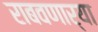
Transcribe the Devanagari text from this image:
राबवणार्या